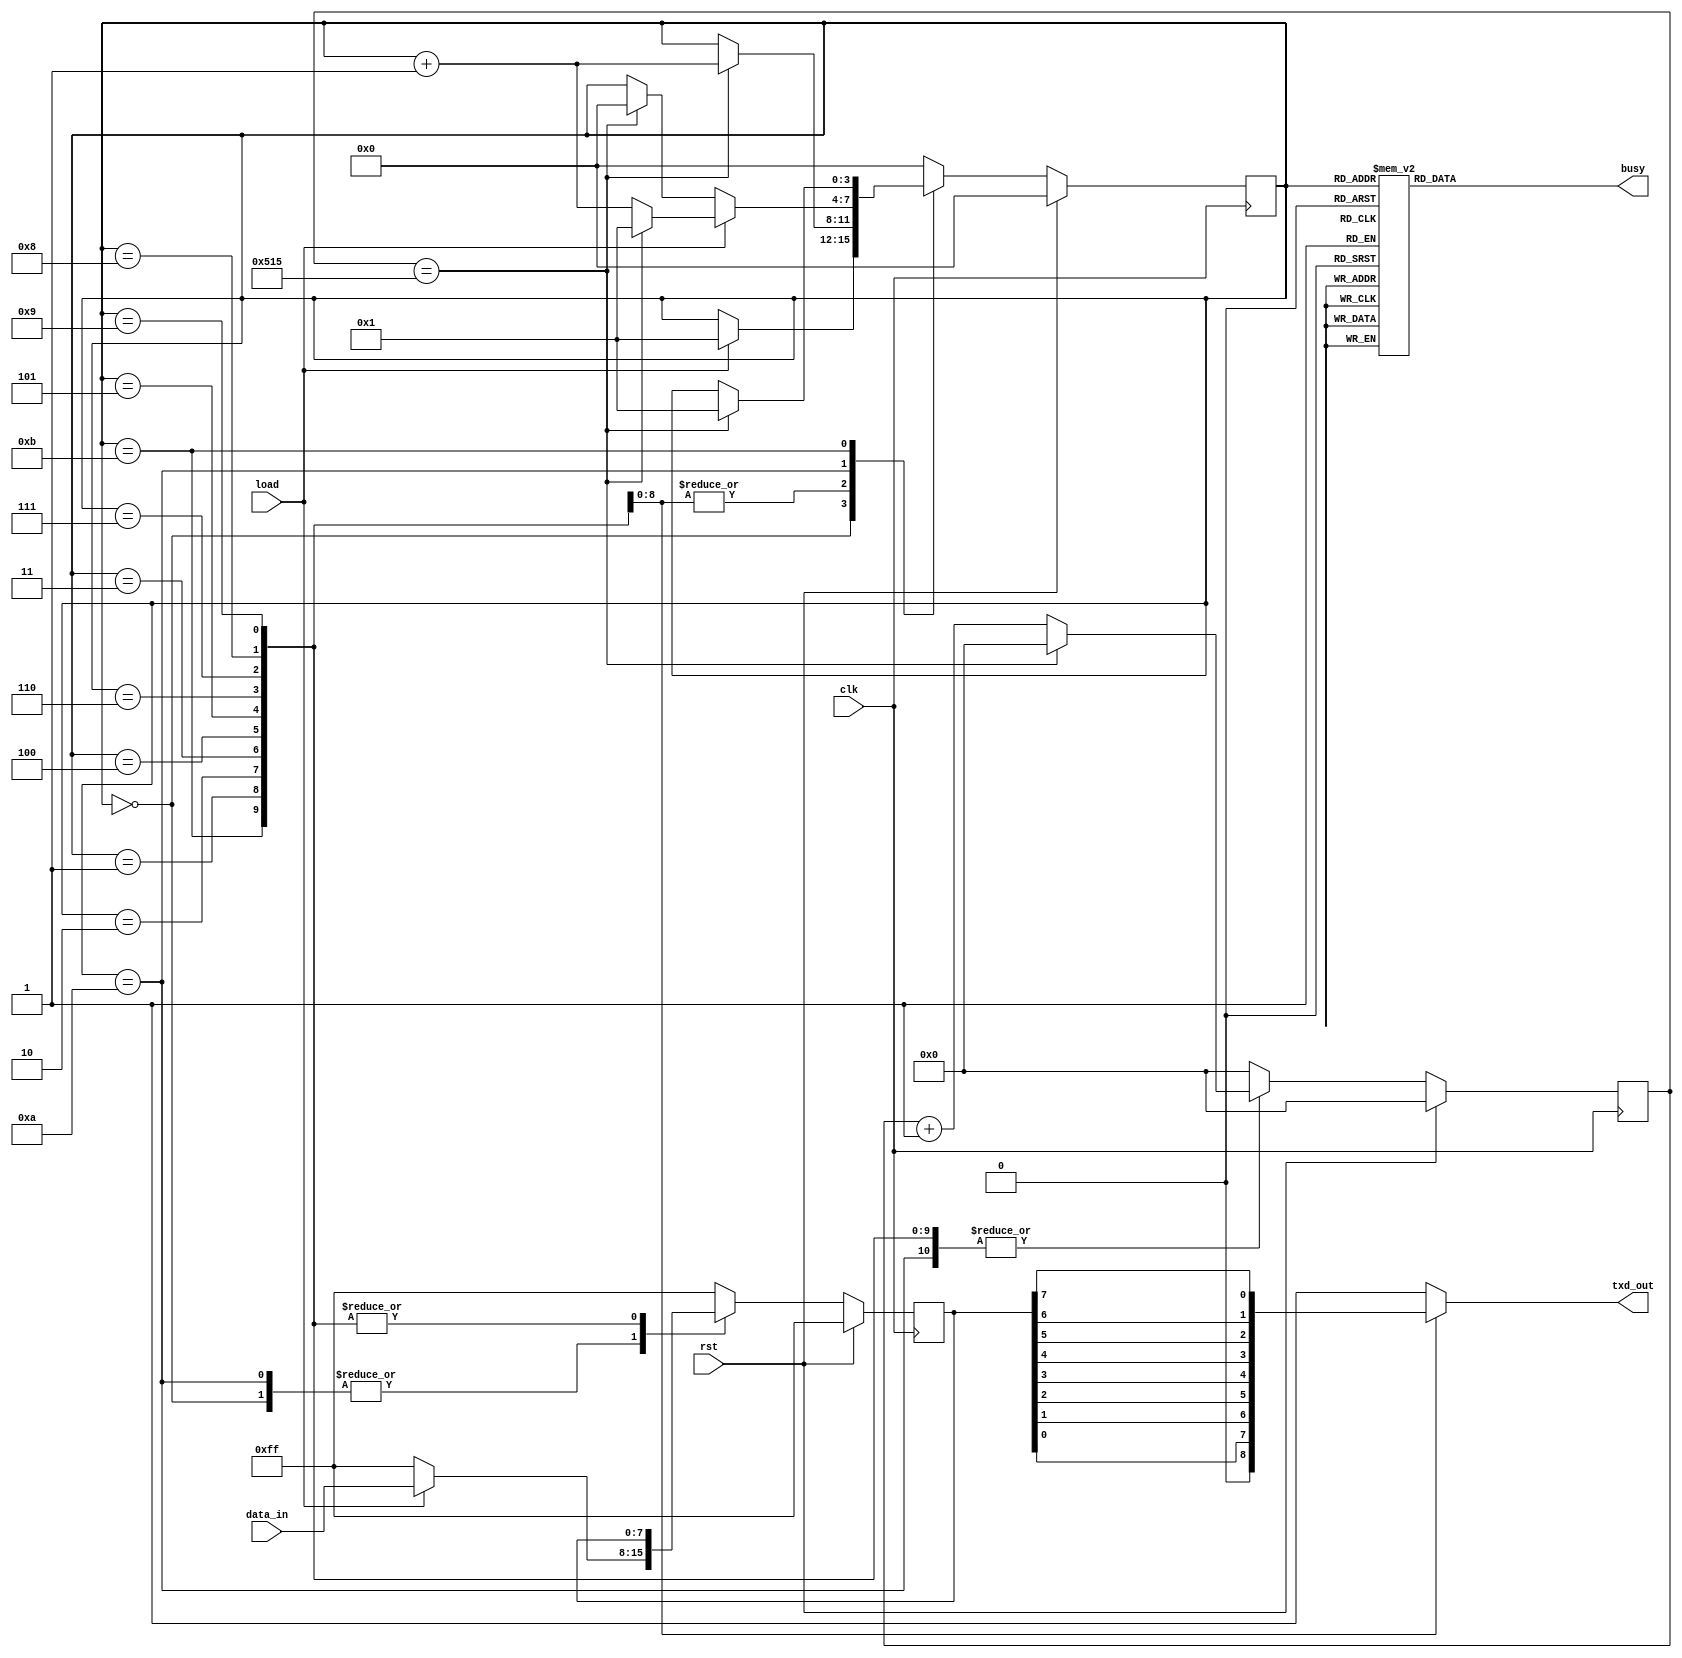
`timescale 1ns / 1ps
//////////////////////////////////////////////////////////////////////////////////
// Company: 
// Engineer: 
// 
// Design Name: 
// Module Name: UART_tx
// Project Name: 
// Target Devices: 
// Tool Versions: 
// Description: 
// 
// Dependencies: 
// 
// Revision:
// Revision 0.01 - File Created
// Additional Comments:
// 
//////////////////////////////////////////////////////////////////////////////////



module UART_tx(
    input        rst,
    input        clk,
    input        load,
    input  [7:0] data_in,
    output       txd_out,
    output       busy
    );
    
//
////////////////////////////////////////////////////////////////////////////////
//
   reg 		  shift;
   reg  [3:0] state;
   reg [10:0] cntr;
   reg  [7:0] TXD;
   reg        Dout;
//   
   parameter  IDLE = 0;
   parameter START = 1;
   parameter  BIT0 = 2;
   parameter  BIT1 = 3;
   parameter  BIT2 = 4;
   parameter  BIT3 = 5;
   parameter  BIT4 = 6;
   parameter  BIT5 = 7;
   parameter  BIT6 = 8;
   parameter  BIT7 = 9;
   parameter  STOP = 10;
   parameter  NXTB = 11;
//
   parameter  Dprs = 8'b11111111;
//
   parameter  Frqz = 1302;      // 50,000/38.4

   wire   wrap;
   assign wrap = (cntr == Frqz-1);

    always @(posedge clk) begin
        if(rst) begin
            state <= IDLE;
            TXD   <= Dprs;
            cntr  <= 0;
        end
        else begin
            case(state)
                IDLE:   begin
                            if (load) begin
                                state <= START;
                                TXD <= data_in;
                            end
                            else begin
                                state <= state;
                                TXD <= Dprs;
                            end
                            cntr <= 0;                                                            
                        end
                START,                           
                BIT0,
                BIT1,
                BIT2,
                BIT3,
                BIT4,
                BIT5,
                BIT6,
                BIT7:   begin
                            if (wrap) begin
                                state <= state + 1;
                                cntr  <= 0;
                            end
                            else begin
                                state <= state;
                                cntr  <= cntr + 1;
                            end
                            TXD <= TXD;
                        end
            
                // wrap = 0, cntr = 0, state = STOP
                STOP:   begin
                            if (load) begin
                                TXD <= data_in;
                                if (wrap) begin
                                    state <= START;
                                    cntr  <= 0;
                                end
                                else begin
                                    state <= state + 1;
                                    cntr  <= cntr + 1;
                                end
                             end
                             else begin
                                TXD <= Dprs;
                                if (wrap) begin
                                    state <= IDLE;
                                    cntr  <= 0;
                                end
                                else begin
                                    state <= state;
                                     cntr <= cntr + 1;
                                end
                            end
                        end
            
                NXTB:   begin
                            if (wrap) begin
                                state <= START;
                                cntr <= 0;
                            end
                            else begin
                                state <= state;
                                cntr  <= cntr + 1;
                            end
                                TXD <= TXD;
                        end
                default: begin
                            state <= IDLE;
                             cntr <= 0;
                              TXD <= Dprs;
                         end
            endcase
        end
    end

    always @(state)
        case (state)
            IDLE: shift <= 1'b0;
           START: shift <= 1'b1;
            BIT0: shift <= 1'b1;
            BIT1: shift <= 1'b1;
            BIT2: shift <= 1'b1; 
            BIT3: shift <= 1'b1;
            BIT4: shift <= 1'b1;
            BIT5: shift <= 1'b1;
            BIT6: shift <= 1'b1;
            BIT7: shift <= 1'b1;
            STOP: shift <= 1'b0;
            NXTB: shift <= 1'b1;
         default: shift <= 1'b0;
        endcase
        
    assign busy = shift;
    
    always @(state, TXD)
        case (state)
            IDLE: Dout <= 1'b1;
           START: Dout <= 1'b0;
            BIT0: Dout <= TXD[0];
            BIT1: Dout <= TXD[1];
            BIT2: Dout <= TXD[2];
            BIT3: Dout <= TXD[3];
            BIT4: Dout <= TXD[4];
            BIT5: Dout <= TXD[5];
            BIT6: Dout <= TXD[6];
            BIT7: Dout <= TXD[7];
            STOP: Dout <= 1'b1;
            NXTB: Dout <= 1'b1;
         default: Dout <= 1'b1;
        endcase
        
    assign txd_out = Dout;
    
endmodule